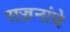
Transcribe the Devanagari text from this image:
सज्जनांचे